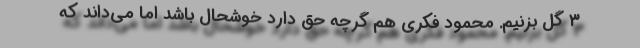
3 گل بزنیم. محمود فکری هم گرچه حق دارد خوشحال باشد اما می‌داند که